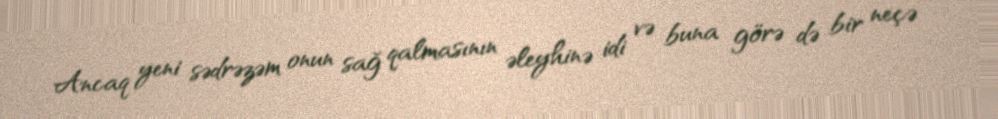
Ancaq yeni sədrəzəm onun sağ qalmasının əleyhinə idi və buna görə də bir neçə